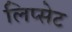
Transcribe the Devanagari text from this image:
लिप्सेट